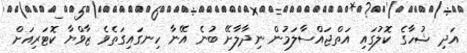
އަދި ޝުހާގެ ކޮލުގައި އަތްޖައްސާލަމުން ނިދާލާށޭ ބުނެ އޭނާ ހިނގައިގަތެވެ ޒާވްޔާ ކޮޓަރިއަށް